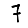
Digit: 7